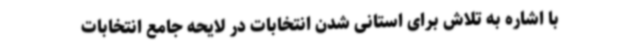
با اشاره به تلاش برای استانی شدن انتخابات در لایحه جامع انتخابات